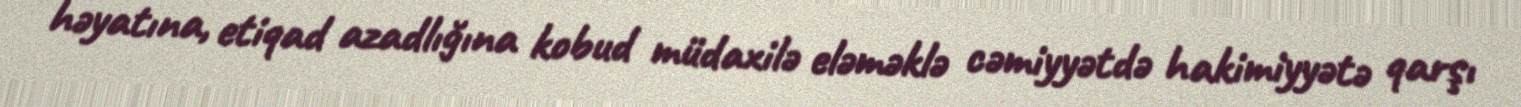
həyatına, etiqad azadlığına kobud müdaxilə eləməklə cəmiyyətdə hakimiyyətə qarşı